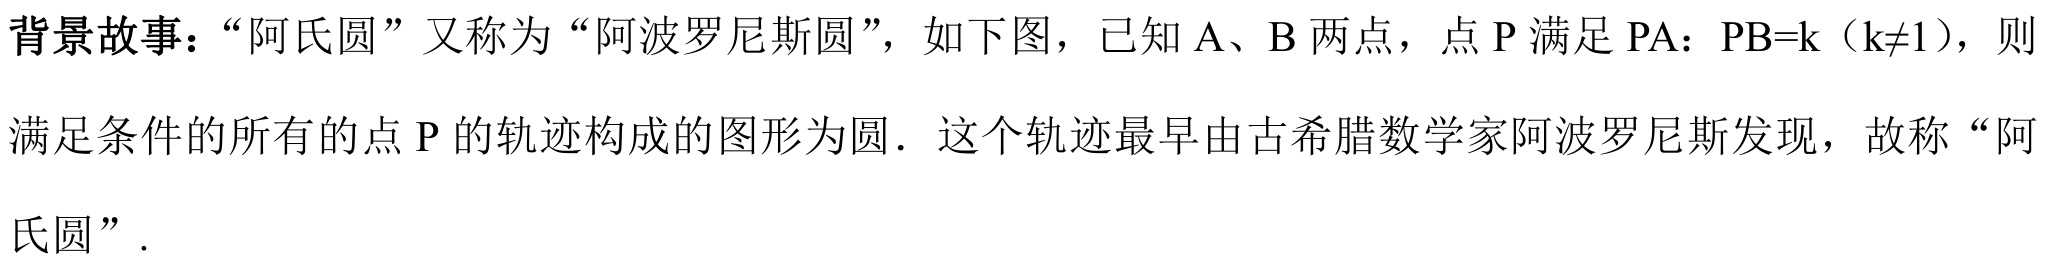
背景故事：“阿氏圆”又称为“阿波罗尼斯圆”，如下图，已知\(A\)、\(B\)两点，点\(P\)满足\(PA：PB = k\)（\(k\neq1\)），则满足条件的所有的点\(P\)的轨迹构成的图形为圆．这个轨迹最早由古希腊数学家阿波罗尼斯发现，故称“阿氏圆”.